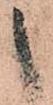
之